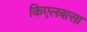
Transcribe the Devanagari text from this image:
किएलबासा